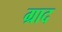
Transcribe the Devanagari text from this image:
ग्राद